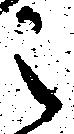
之